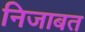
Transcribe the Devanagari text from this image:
निजाबत